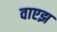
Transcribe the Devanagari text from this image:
वाएझ